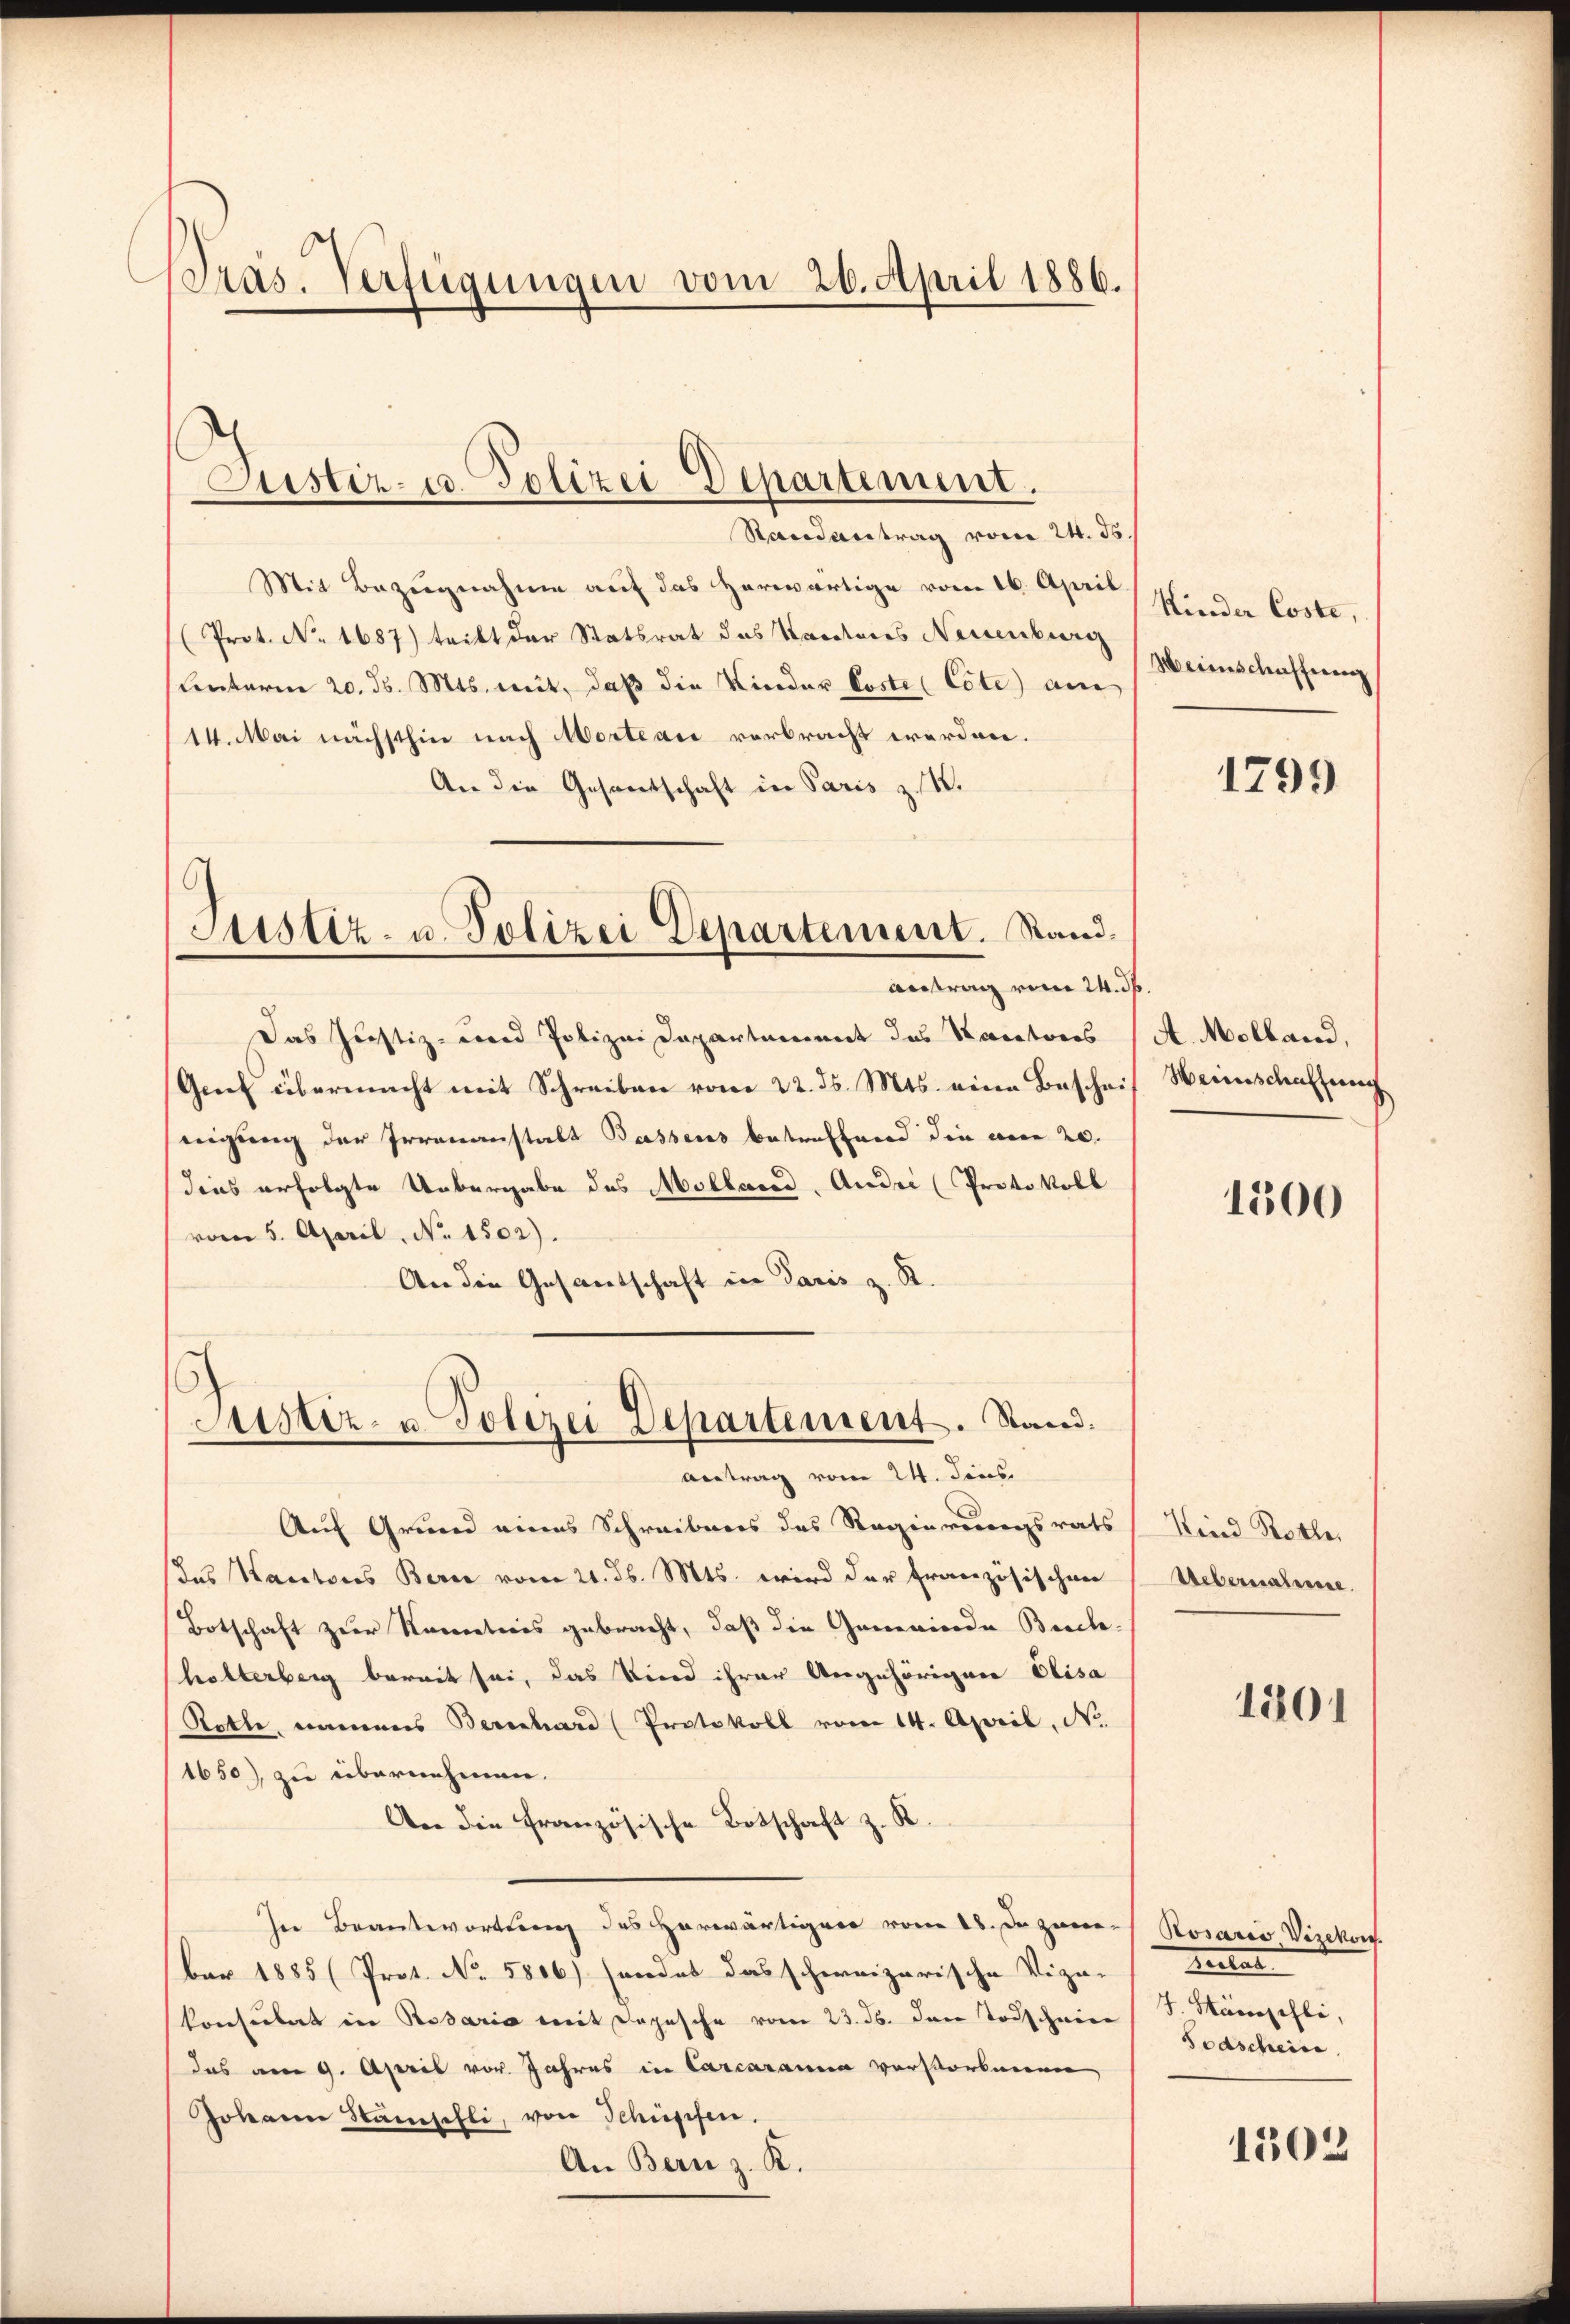
Pras. Verfügungen vom 26. April 1886.

Justiz- u. Polizei Departement.

Randantrag vom 24. ds.
Mit Bezugnahme auf das herwärtige vom 16. April
(Prot. No. 1687) tritt der Statsrat des Kantons Neuenburg
(Unterm 20. d. Mts. mit, daß die Kinder Poste (Cote) an
14. Mai nächsthin nach Morteai verbracht werden.
An die Gesandschaft in Paris zu 1.
Justiz- u. Polizei Departement. Stand.
Antrag vom 24. ds.
Das Justiz- und Polizei Departement das Kantons
Grief übermacht mit Schreiben vom 22. ds. Mts. eine Bescheit Weinschaffung
nigung der Irrenanstalt Bassens betreffend die am 20.
dies erfolgte Uebergabe des Molland, Ander (Protokoll
vom 5. April, No. 1502).
An die Gesantschaft in Paris z. R.

Justiz- u. Polizei Departement. Stand.
Antrag vom 24. dens

Auf Grund eines Schreibens des Regierungsrats
das Kantons Bern vom 21. d. Mts. wird der Französischen
Botschaft zur Narreteris gebracht, daß die Gemeinde Brech-
holterberg bereit sei, das Kind ihrer Angehörigen Elisa
Roth, namens Berechard (Protokoll vom 14. April, No.
1650), zu übernehmen.
An die französische Botschaft z. R.
In Beantwortung des Herwärtigen vom 18. Dazum Rosaris, Vizekons
ber 1885 (Prot. No. 5806) sendet das schweizerische Viga- |
konsulat in Rosaria mit Depesche vom 23. ds. den Todschein
das am 9. April vor. Jahres in Carcaranna verstorbenen
Johann Stampfli, von Schüpfen.
An Bern z. R.

Kinder Coste,
Weinschaffung

1799

A. Molland,

1500

Kind Rothe
Uebernahme

1201

Reclar
J. Stämpchli,
Todschein

1503